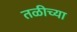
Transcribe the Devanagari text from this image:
तळीच्या